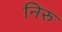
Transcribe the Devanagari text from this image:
निरु